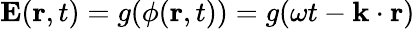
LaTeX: \mathbf{E}(\mathbf{r},t)=g(\phi(\mathbf{r},t))=g(\omega t-\mathbf{k}\cdot\mathbf{r})